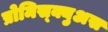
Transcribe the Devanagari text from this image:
प्रोमिस्क्युअस